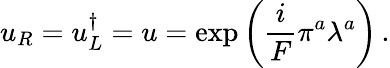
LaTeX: u_{R}=u_{L}^{\dagger}=u=\exp\left(\frac{i}{F}\pi^{a}\lambda^{a}\right)\, .